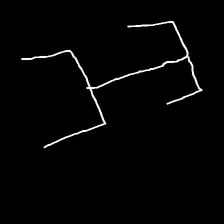
Glyph: entwine